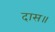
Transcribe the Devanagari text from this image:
दास॥